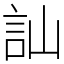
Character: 訕